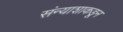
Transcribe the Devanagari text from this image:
संन्याशाकडून